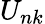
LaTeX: U_{nk}